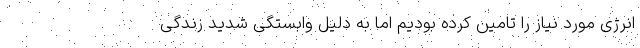
انرژی مورد نیاز را تامین کرده بودیم اما به دلیل وابستگی شدید زندگی